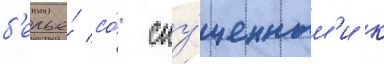
б'елье́ со́ спу́щенным'и к